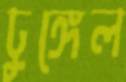
ঢুঙ্গেল